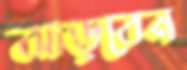
ঝাড়বেন